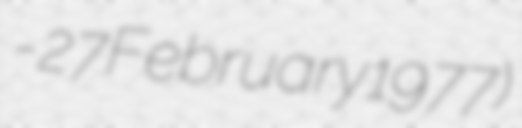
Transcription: - 27 February 1977)